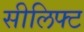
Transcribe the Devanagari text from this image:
सीलिफ्ट